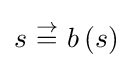
s~{\overset {\rightarrow }{=}}~b\left(s\right)